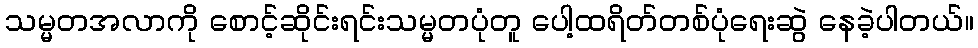
သမ္မတအလာကို စောင့်ဆိုင်းရင်းသမ္မတပုံတူ ပေါ့ထရိတ်တစ်ပုံရေးဆွဲ နေခဲ့ပါတယ်။